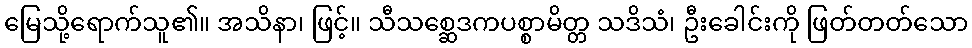
မြေသို့ရောက်သူ၏။ အသိနာ၊ ဖြင့်။ သီသစ္ဆေဒကပစ္စာမိတ္တ သဒိသံ၊ ဦးခေါင်းကို ဖြတ်တတ်သော